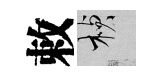
敕楨